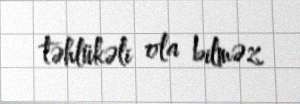
təhlükəli ola bilməz.